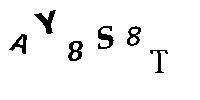
AY8S8T